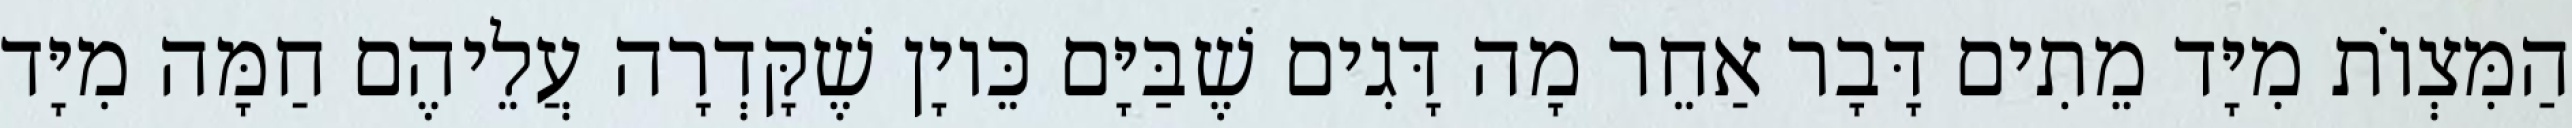
הַמִּצְוֹת מִיָּד מֵתִים דָּבָר אַחֵר מָה דָּגִים שֶׁבַּיָּם כֵּיוָן שֶׁקָּדְרָה עֲלֵיהֶם חַמָּה מִיָּד